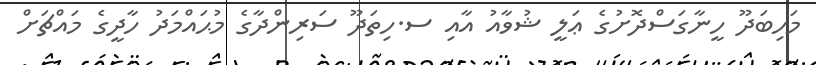
މަހިބަދޫ ހީނާގަސްދޮށުގެ ޢަލީ ޝުވާއު އާއި ސ.ހިތަދޫ ސަރިންދާގެ މުޙައްމަދު ހާދީގެ މައްޗަށް